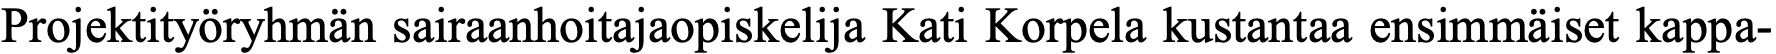
Projektityöryhmän sairaanhoitajaopiskelija Kati Korpela kustantaa ensimmäiset kappa-